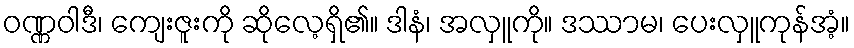
ဝဏ္ဏဝါဒီ၊ ကျေးဇူးကို ဆိုလေ့ရှိ၏။ ဒါနံ၊ အလှူကို။ ဒဿာမ၊ ပေးလှူကုန်အံ့။